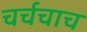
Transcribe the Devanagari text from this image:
चर्चचाच